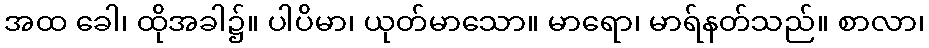
အထ ခေါ၊ ထိုအခါ၌။ ပါပိမာ၊ ယုတ်မာသော။ မာရော၊ မာရ်နတ်သည်။ စာလာ၊